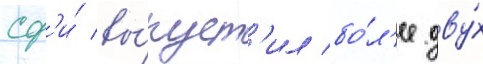
сф'и́ вы́пуст'ил бо́л'ее дву́х